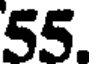
55.